Annual report on the Civil Veterinary Department, Burma (including the Insein Veterinary School) - 1910-1922
Year: 1910
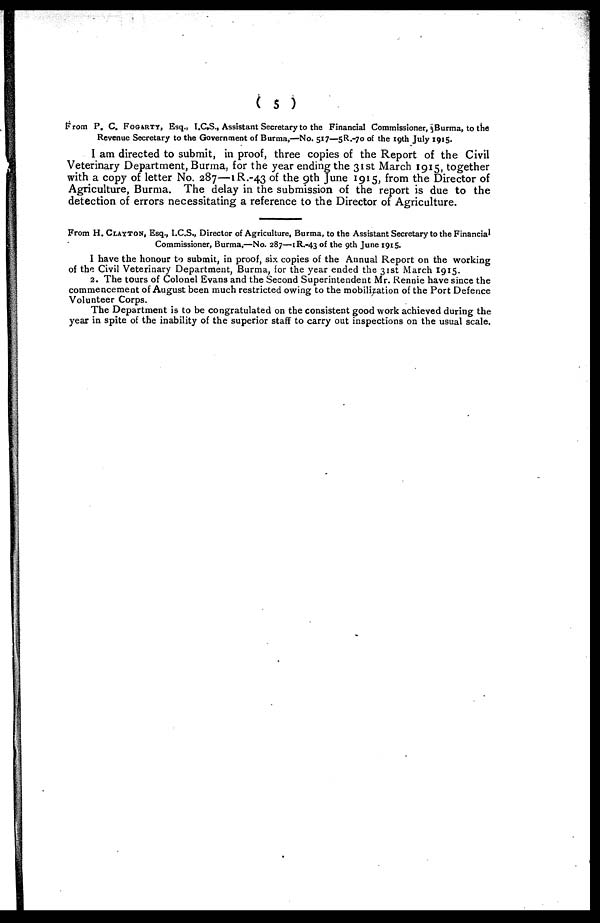
( 5 )
From P. C. FOGARTY, Esq., I.C.S., Assistant Secretary to the Financial Commissioner, Burma, to the
Revenue Secretary to the Government of Burma,—No. 517—5R.-70 of the 19th July 1915.
I am directed to submit, in proof, three copies of the Report of the Civil
Veterinary Department, Burma, for the year ending the 31st March 1915, together
with a copy of letter No. 287—1R.-43 of the 9th June 1915, from the Director of
Agriculture, Burma. The delay in the submission of the report is due to the
detection of errors necessitating a reference to the Director of Agriculture.
From H. CLAYTON, Esq., I.C.S., Director of Agriculture, Burma, to the Assistant Secretary to the Financial
Commissioner, Burma,—No. 287—1R.-43 of the 9th June 1915.
I have the honour to submit, in proof, six copies of the Annual Report on the working
of the Civil Veterinary Department, Burma, for the year ended the 31st March 1915.
2. The tours of Colonel Evans and the Second Superintendent Mr. Rennie have since the
commencement of August been much restricted owing to the mobilization of the Port Defence
Volunteer Corps.
The Department is to be congratulated on the consistent good work achieved during the
year in spite of the inability of the superior staff to carry out inspections on the usual scale.